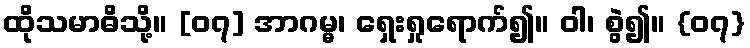
ထိုသမာဓိသို့။ [၀၇] အာဂမ္မ၊ ရှေးရှုရောက်၍။ ဝါ၊ စွဲ၍။ {၀၇}